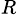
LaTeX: _R